Source: Handwritten
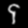
Digit: ၄ (4)